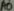
Text: A0